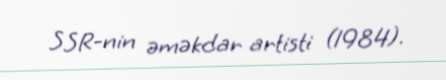
SSR-nin əməkdar artisti (1984).